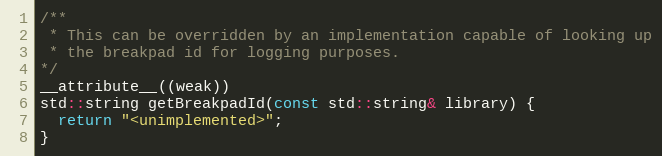
Language: C++
/**
 * This can be overridden by an implementation capable of looking up
 * the breakpad id for logging purposes.
*/
__attribute__((weak))
std::string getBreakpadId(const std::string& library) {
  return "<unimplemented>";
}